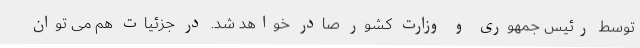
توسط رئیس جمهوری و وزارت کشور صادر خواهد شد. در جزئیات هم می توان